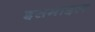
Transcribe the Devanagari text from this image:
इसमाइल